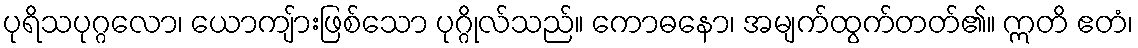
ပုရိသပုဂ္ဂလော၊ ယောကျ်ားဖြစ်သော ပုဂ္ဂိုလ်သည်။ ကောဓနော၊ အမျက်ထွက်တတ်၏။ ဣတိ ဧတံ၊